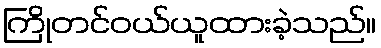
ကြိုတင်ဝယ်ယူထားခဲ့သည်။